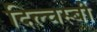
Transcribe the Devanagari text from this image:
दिल्चस्बी